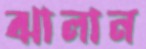
ঝালান